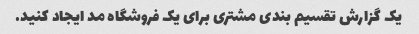
یک گزارش تقسیم بندی مشتری برای یک فروشگاه مد ایجاد کنید.